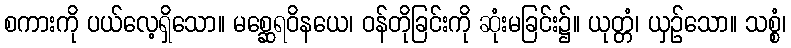
စကားကို ပယ်လေ့ရှိသော။ မစ္ဆေရဝိနယေ၊ ဝန်တိုခြင်းကို ဆုံးမခြင်း၌။ ယုတ္တံ၊ ယှဉ်သော။ သစ္စံ၊